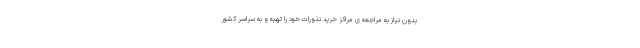
بدون نیاز به مراجعه ی مراکز خرید نذورات خود را تهیه و به سراسر کشور